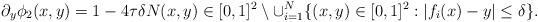
LaTeX: \begin{align*}&\partial_{y}\phi_2(x,y)=1-4\tau\delta N(x,y)\in [0,1]^2\setminus \cup_{i=1}^N\{(x,y)\in [0,1]^2:|f_i(x)-y|\leq \delta\}.\end{align*}